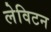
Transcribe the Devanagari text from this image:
लेविटन